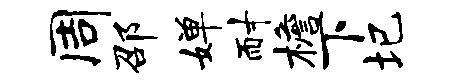
周邵婵耐檐下圮